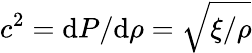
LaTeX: c^{2}=\mathrm{d}P/\mathrm{d}\rho=\sqrt{\xi/\rho}